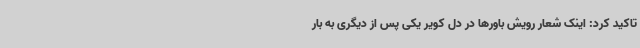
تاکید کرد: اینک شعار رویش باورها در دل کویر یکی پس از دیگری به بار